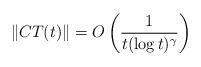
LaTeX: \begin{align*}\|CT(t)\| = O \left(\frac{1}{t (\log t)^\gamma}\right)\end{align*}